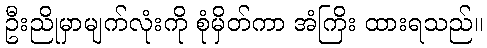
ဦးညိုမှာမျက်လုံးကို စုံမှိတ်ကာ အံကြိး ထားရသည်။